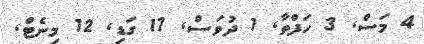
4 މަސް